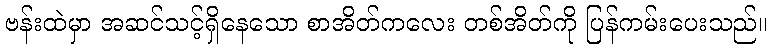
ဗန်းထဲမှာ အဆင်သင့်ရှိနေသော စာအိတ်ကလေး တစ်အိတ်ကို ပြန်ကမ်းပေးသည်။